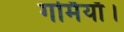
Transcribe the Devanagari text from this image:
गर्मियाँ।